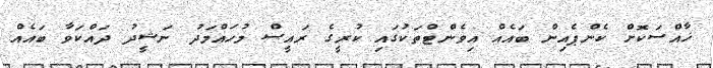
ޚާއްސަކޮށް ކެންޕެއިން ބައެއް އިވެންޓްތަކުގައި ކުރީގެ ރައީސް މުހައްމަދު ނަޝީދު ދައްކަވާ ބައެއް